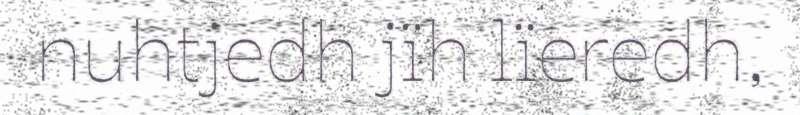
nuhtjedh jïh lïeredh,